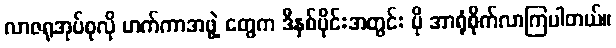
လာဇရုအုပ်စုလို ဟက်ကာအဖွဲ့ တွေက ဒီနှစ်ပိုင်းအတွင်း ပို အာရုံစိုက်လာကြပါတယ်။